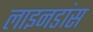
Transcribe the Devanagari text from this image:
लाइनडांस